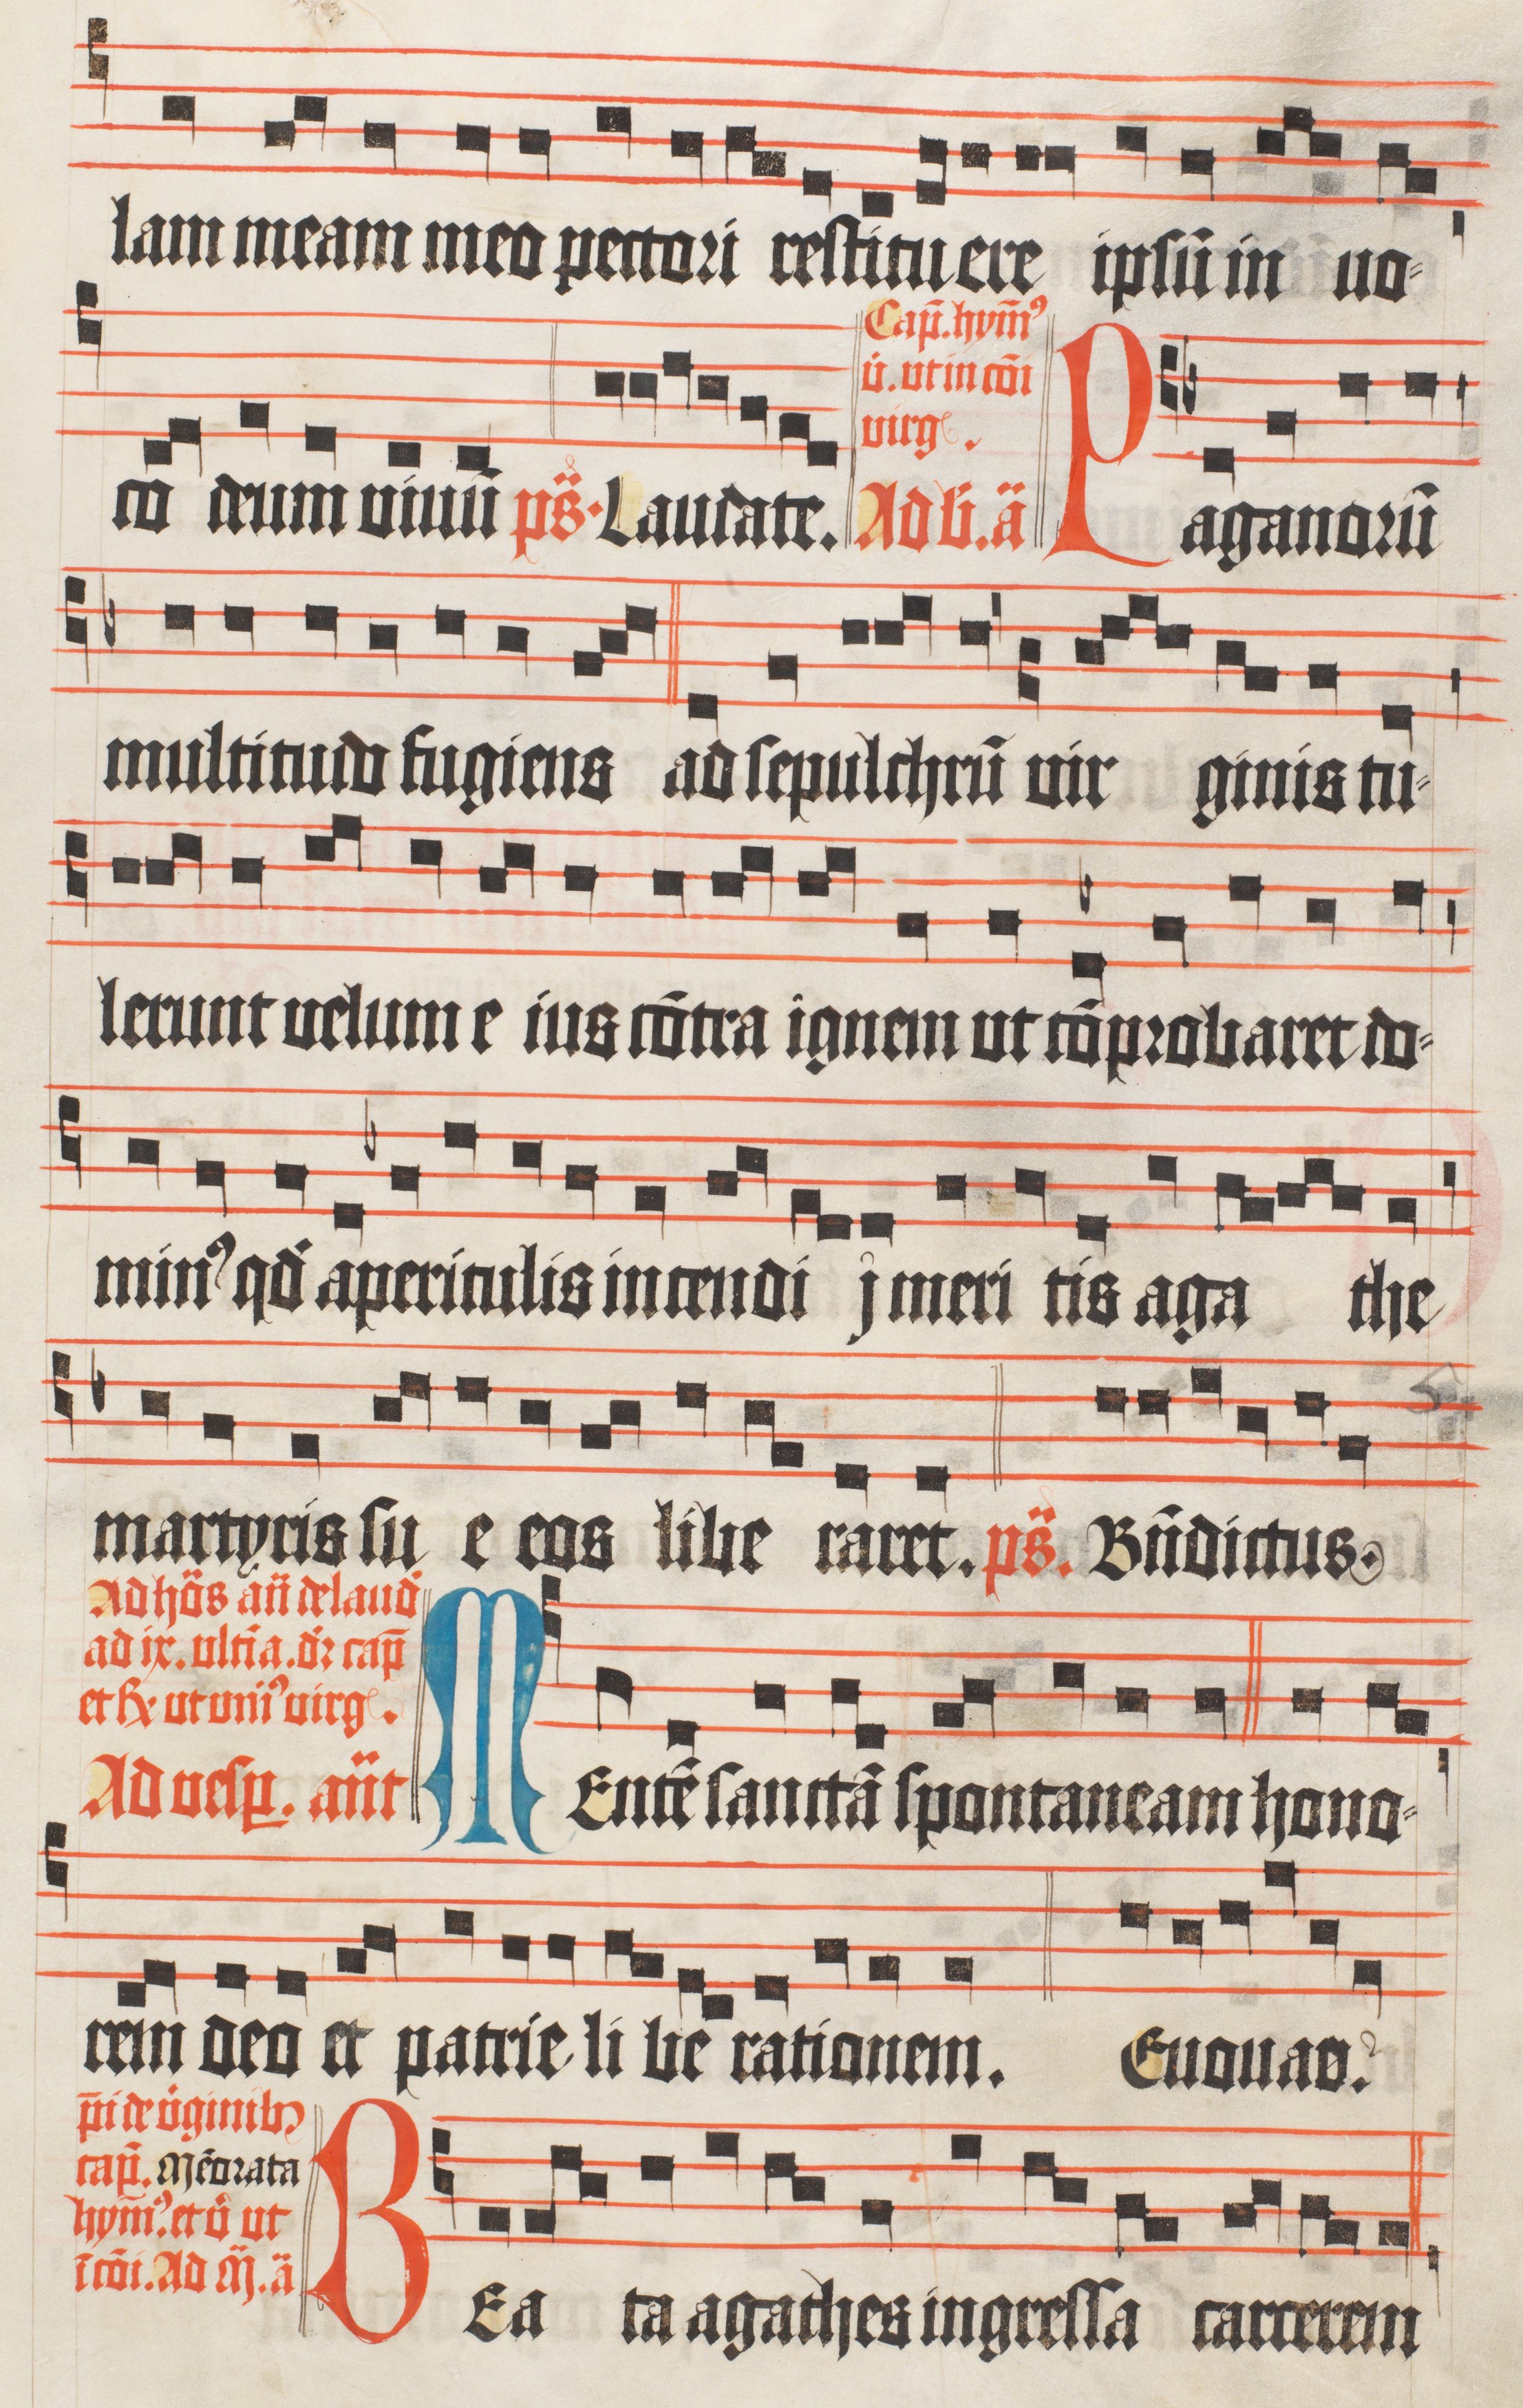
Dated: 1510–1517